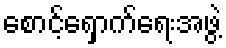
စောင့်ရှောက်ရေးအဖွဲ့